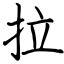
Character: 拉